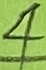
Text: 4